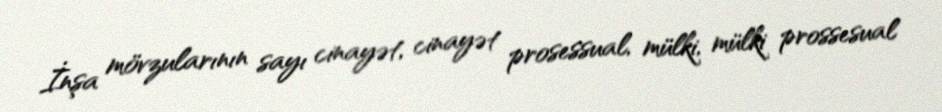
İnşa mövzularının sayı cinayət, cinayət prosessual, mülki, mülki prossesual